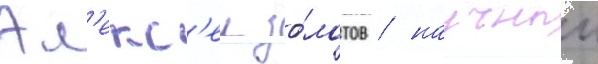
Ал'екс'еи зо́лотов / научныи